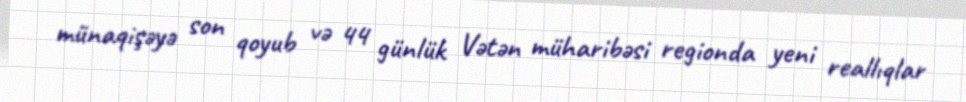
münaqişəyə son qoyub və 44 günlük Vətən müharibəsi regionda yeni reallıqlar